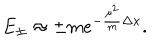
LaTeX: E _ { \pm } \approx \pm m e ^ { - \frac { \mu ^ { 2 } } { m } \Delta x } .